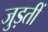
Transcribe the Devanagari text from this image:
जुड़तीं